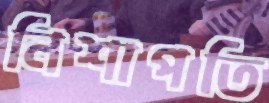
নিশাপতি